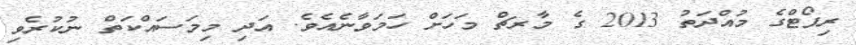
ރިޕޯޓްގެ މުއްދަތު 2013 ގެ މާރޗް މަހަށް ހަމަވާނެއެވެ. އަދި މިމަސައްކަތް ނުކުރެވި